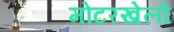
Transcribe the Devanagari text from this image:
मोटरखेलों